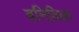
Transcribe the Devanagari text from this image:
बनिविला